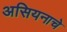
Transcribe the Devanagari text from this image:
असियनाचे